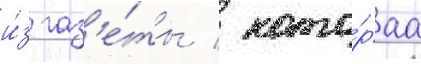
и́з газ'е́ты / кото́раа